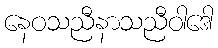
နေဝသညီနာသညီဝါဒေါ